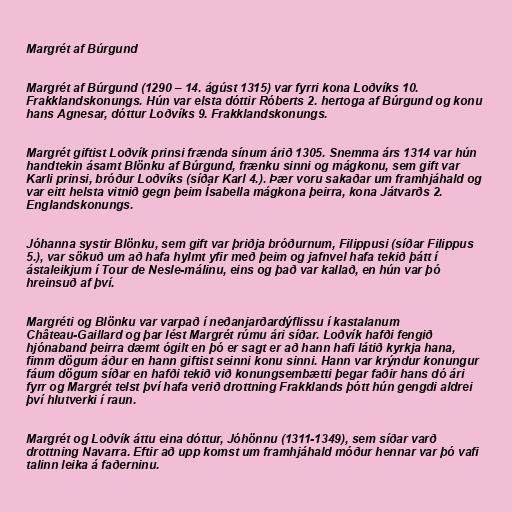
Margrét af Búrgund

Margrét af Búrgund (1290 – 14. ágúst 1315) var fyrri kona Loðvíks 10.
Frakklandskonungs. Hún var elsta dóttir Róberts 2. hertoga af Búrgund og konu
hans Agnesar, dóttur Loðvíks 9. Frakklandskonungs.

Margrét giftist Loðvík prinsi frænda sínum árið 1305. Snemma árs 1314 var hún
handtekin ásamt Blönku af Búrgund, frænku sinni og mágkonu, sem gift var
Karli prinsi, bróður Loðvíks (síðar Karl 4.). Þær voru sakaðar um framhjáhald og
var eitt helsta vitnið gegn þeim Ísabella mágkona þeirra, kona Játvarðs 2.
Englandskonungs.

Jóhanna systir Blönku, sem gift var þriðja bróðurnum, Filippusi (síðar Filippus
5.), var sökuð um að hafa hylmt yfir með þeim og jafnvel hafa tekið þátt í
ástaleikjum í Tour de Nesle-málinu, eins og það var kallað, en hún var þó
hreinsuð af því.

Margréti og Blönku var varpað í neðanjarðardýflissu í kastalanum
Château-Gaillard og þar lést Margrét rúmu ári síðar. Loðvík hafði fengið
hjónaband þeirra dæmt ógilt en þó er sagt er að hann hafi látið kyrkja hana,
fimm dögum áður en hann giftist seinni konu sinni. Hann var krýndur konungur
fáum dögum síðar en hafði tekið við konungsembætti þegar faðir hans dó ári
fyrr og Margrét telst því hafa verið drottning Frakklands þótt hún gengdi aldrei
því hlutverki í raun.

Margrét og Loðvík áttu eina dóttur, Jóhönnu (1311-1349), sem síðar varð
drottning Navarra. Eftir að upp komst um framhjáhald móður hennar var þó vafi
talinn leika á faðerninu.